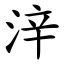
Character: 㳯